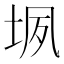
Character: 𰉬